Civil Veterinary Dept. North-West Frontier Province 1923-32 - 1923-1932
Year: 1923
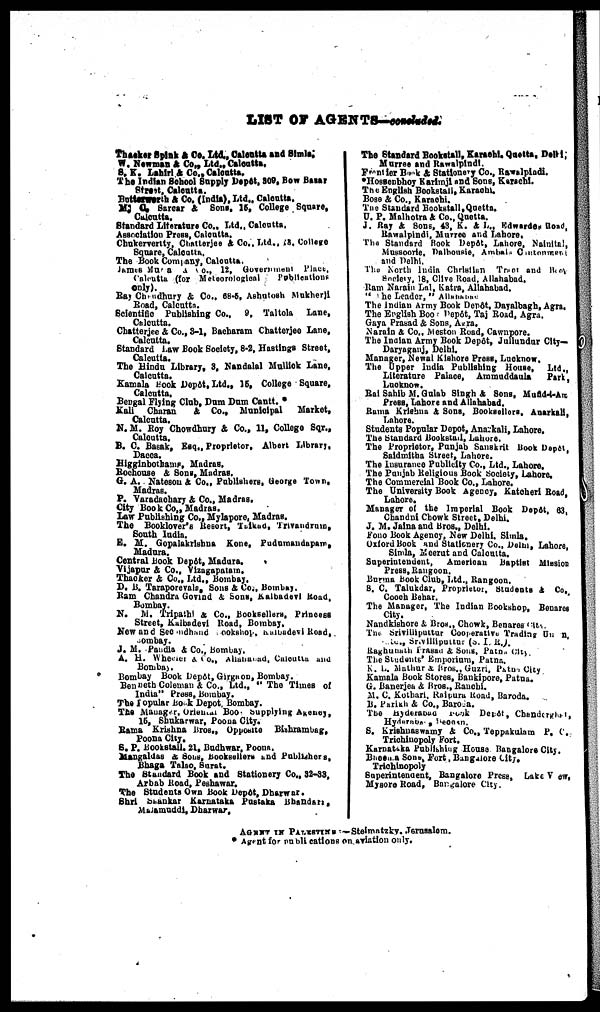
LIST OF AGENTS-concluded.
Thacker Spink & Co. Ltd, Calcutta and Simla.
W. Newman & Co., Ltd., Calcutta,
S. K. Lahiri & Co., Calcutta.
The Indian School Supply Depôt, 309, Bow Bazar
Street, Calcutta.
Butterworth & Co. (India), Ltd., Calcutta.
M. O. Sarcar & Sons. 15, College Square,
Calcutta.
Standard Literature Co.. Ltd., Calcutta,
Association Press, Calcutta.
Chukerverity, Chatterjee & Co., Ltd., 18, College
Square, Calcutta.
The Book Company, Calcutta.
James Murra No., 12, Government Place,
Calcutta (for
Meteorological Publications
only).
Ray Chudhury & Co., 68-5, Ashutosh Mukherji
Road, Calcutta.
Scientific Publishing Co., 9, Taltola Lane,
Calcutta.
Chatterjee & Co., 3-1, Bacharam Chatterjee Lane,
Calcutta.
Standard Law Book Society, 8-2, Hastings Street,
Calcutta.
The Hindu Library, 3, Nandalal Mullick Lane,
Calcutta.
Kamala Book Depôt, Ltd., 15, College Square,
Calcutta.
Bengal Flying Club, Dum Dum Cantt.
Kali Charan & Co., Municipal
Market,
Calcutta.
N. M. Roy Chowdhury & Co., 11, College Sqr.,
Calcutta.
B. C. Basak, Esq., Proprietor. Albert Library,
Dacca.
Higginbothams, Madras.
Rochouse & Sons, Madras.
G. A. Natesou & Co., Publishers, George Town,
Madras.
P. Varadachary & Co., Madras.
City Book Co., Madras.
Law Publishing Co., Mylspore, Madras.
The Booklover's Resort, Taikud, Trivandrum,
South India.
E. M. Gopalakrishna Kone, Pudumandapam,
Madura.
Central Book Depôt, Madura.
Vijapur & Co., Vizagapatam.
Thacker & Co., Ltd., Bombay.
D. B. Taraporevale, Sons & Co., Bombay.
Ram Chandra Govind & Sons, Kalbadevi Road,
Bombay.
N. M. Tripathi & Co., Booksellers, Princess
Street, Kalbadevi Road, Bombay.
New and Secondhand Bookshop, Kalbadevi Road,
Bombay.
J. M. Pandia & Co., Bombay.
A. H. Wherer & Co., Allahabad, Calcutta and
Bombay.
Bombay Book Depôt, Girgaon, Bombay.
Benneth Coleman & Co., Ltd., "The Times of
India" Press, Bombay.
The Popular Book Depot, Bombay.
The Manager, Oriental Book supplying Agency,
15, Shukarwar, Poona City.
Rama Krishna Bros., Opposite Bishrambag,
Poona City.
S. P. Bookstall, 21, Budhwar, Poona.
Mangaldas & Sons, Booksellers and Publishers,
Bhaga Talao, Surat.
The Standard Book and Stationery Co., 32-33,
Arbab Road, Peshawar.
The Students Own Book Depôt, Dharwar.
Shri Shankar Karnataka Pustaka Bhandari.
Malamuddi, Dharwar.
The Standard Bookstall, Karachi, Quetta, Delhi,
Murree and Rawalpindi.
Frontier Book & Stationery Co., Rawalpindi.
*Hossenbhoy Karimji and Sons, Karachi.
The English Bookstall, Karachi.
Bose & Co., Karachi.
The Standard Bookstall, Quetta.
U. P. Malhotra & Co., Quetta.
J. Ray & Sons, 43, K. & L., Edwardes Road,
Rawalpindi, Murree and Lahore,
The Standard Book Depôt, Lahore, Nainital,
Mussoorie, Dalhousie, Ambala Contonment
and Delhi.
The North India Christian Tract and Book
Society, 18, Clive Road, Allahabad.
Ram Narain Lal, Katra, Allahabad.
" he Leader," Allahabad
The Indian Army Book Depôt, Dayalbagh, Agra.
The English Boo Depôt, Taj Road, Agra.
Guya Prasad & Sons, Agra.
Narain & Co., Meston Road, Cawnpore.
The Indian Army Book Depôt, Jullundur City—
Daryaganj, Delhi.
Manager, Newal Kishore Press, Lucknow,
The Upper India Publishing House, Ltd.,
Literature Palace, Ammuddaula
Park,
Lucknow.
Rai Sahib M. Gulab Singh & Sons, Mufid-i-Am
Press, Lahore and Allahabad.
Ruma Krishna & Sons, Booksellers, Anarkali,
Lahore.
Students Popular Depot, Anarkali, Lahore.
The Standard Bookstall, Lahore.
The Proprietor, Punjab Sanskrit Book Depôt,
Saidmitha Street, Lahore.
The Insurance Publicity Co., Ltd., Lahore,
The Punjab Religious Book Society, Lahore.
The Commercial Book Co., Lahore.
The University Book Agency, Katcheri Road,
Lahore.
Manager of the Imperial Book Depôt, 63,
Chandni Chowk Street, Delhi.
J. M. Jaina and Bros., Delhi,
Fono Book Agency, New Delhi. Simla.
Oxford Book and Stationery Co., Delhi, Lahore,
Simla, Meerut and Calculta.
Superintendent,
American Baptist Mission
Press, Rangoon.
Burma book Club, Ltd., Rangoon.
S. C. Talukdar, Proprietor, Students & Co.
Cooch Behar.
The Manager, The Indian Bookshop. Benares
City.
Nandkishore & Bros., Chowk, Benares city
The Srivilliputtur Cooperative Trading Union,
Ltd., Srivillipuitur (S. I. R.).
Raghunath Prasad & Sons, Patna City
The Students' Emporium, Patna,
K. L. Mathur & Bros., Guzri, Patna City
Kamala Book Stores, Bankipore, Patna.
G. Banerjea & Bros., Ranchi.
M. C. Kothari, Raipura Road, Baroda.
B. Parikh & Co., Baroda.
The Hyderabad Book Depôt, Chanderghad,
Hyderbad, Deccan,
S. Krishnaswamy & Co., Teppakulam P. V.
Trichinopoly Fort.
Karnataka Publishing House Bangalore City.
Bheema Sons, Fort, Bangalore City.
Trichinopoly
Superintendent, Bangalore Press, Lake View,
Mysore Road, Bangalore City.
AGENTS IN PALESTINE —Steimatzky, Jerusalem.
Agent for publications on aviation only.